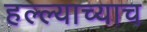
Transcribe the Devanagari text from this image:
हल्ल्याच्याच